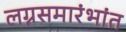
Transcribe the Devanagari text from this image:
लग्नसमारंभांत